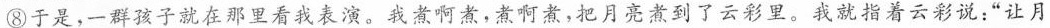
⑧于是，一群孩子就在那里看我表演。我煮啊煮，煮啊煮，把月亮者到了云彩里。我就指着云彩说：”让月